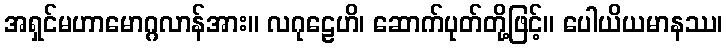
အရှင်မဟာမောဂ္ဂလာန်အား။ လဂုဠေဟိ၊ ဆောက်ပုတ်တို့ဖြင့်။ ပေါယိယမာနဿ၊